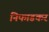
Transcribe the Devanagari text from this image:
निफाडकर